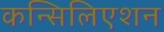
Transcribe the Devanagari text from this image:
कन्सिलिएशन